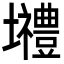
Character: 𡓾